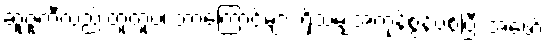
ဆူဇူကီလည်းတူတူပဲ၊ ဘာကြောင့်များ ရှိသမျှအကုန်စွန့်ပစ်ပြီး အဖော်